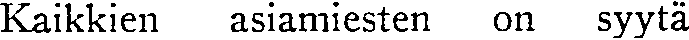
Kaikkien asiamiesten on syytä